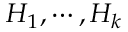
H _ { 1 } , \cdots , H _ { k }